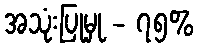
အသုံးပြုမှု - ၇၅%